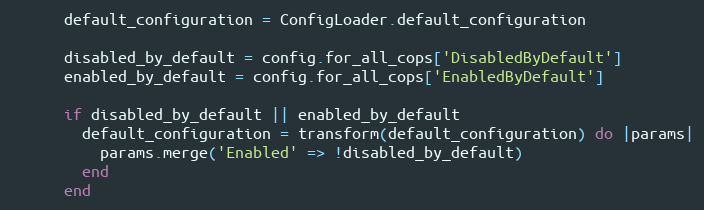
Language: Ruby
      default_configuration = ConfigLoader.default_configuration

      disabled_by_default = config.for_all_cops['DisabledByDefault']
      enabled_by_default = config.for_all_cops['EnabledByDefault']

      if disabled_by_default || enabled_by_default
        default_configuration = transform(default_configuration) do |params|
          params.merge('Enabled' => !disabled_by_default)
        end
      end